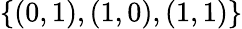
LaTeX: \{ (0,1),(1,0),(1,1)\}